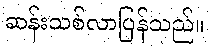
ဆန်းသစ်လာပြန်သည်။